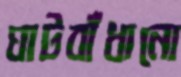
ঘাটবাঁধানো